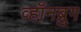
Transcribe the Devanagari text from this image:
व्हॉनब्रुग